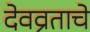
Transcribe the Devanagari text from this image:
देवव्रताचे